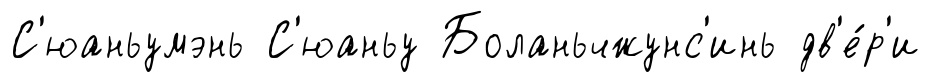
С'юаньумэнь С'юаньу Боланьчжунс'инь дв'е́р'и